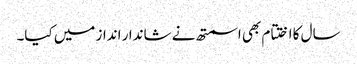
سال کا اختتام بھی اسمتھ نے شاندار انداز میں کیا۔